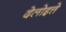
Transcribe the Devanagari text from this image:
देलोइत्ते